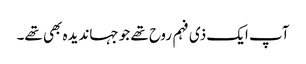
آپ ایک ذی فہم روح تھے جو جہاندیدہ بھی تھے۔